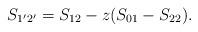
LaTeX: \begin{align*}S_{1^{\prime}2^{\prime}}=S_{12} -z (S_{01}-S_{22}).\end{align*}